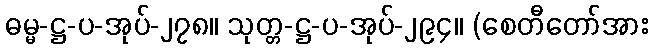
ဓမ္မ-ဋ္ဌ-ပ-အုပ်-၂၇၈။ သုတ္တ-ဋ္ဌ-ပ-အုပ်-၂၉၄။ (စေတီတော်အား